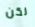
لكن